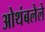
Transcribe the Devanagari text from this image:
ओथंबलेले